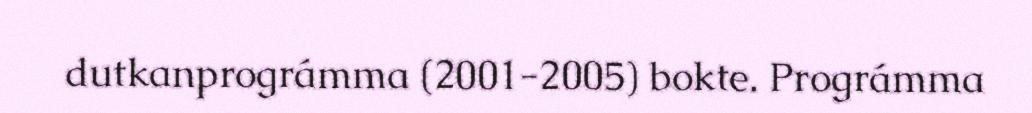
dutkanprográmma (2001-2005) bokte. Prográmma